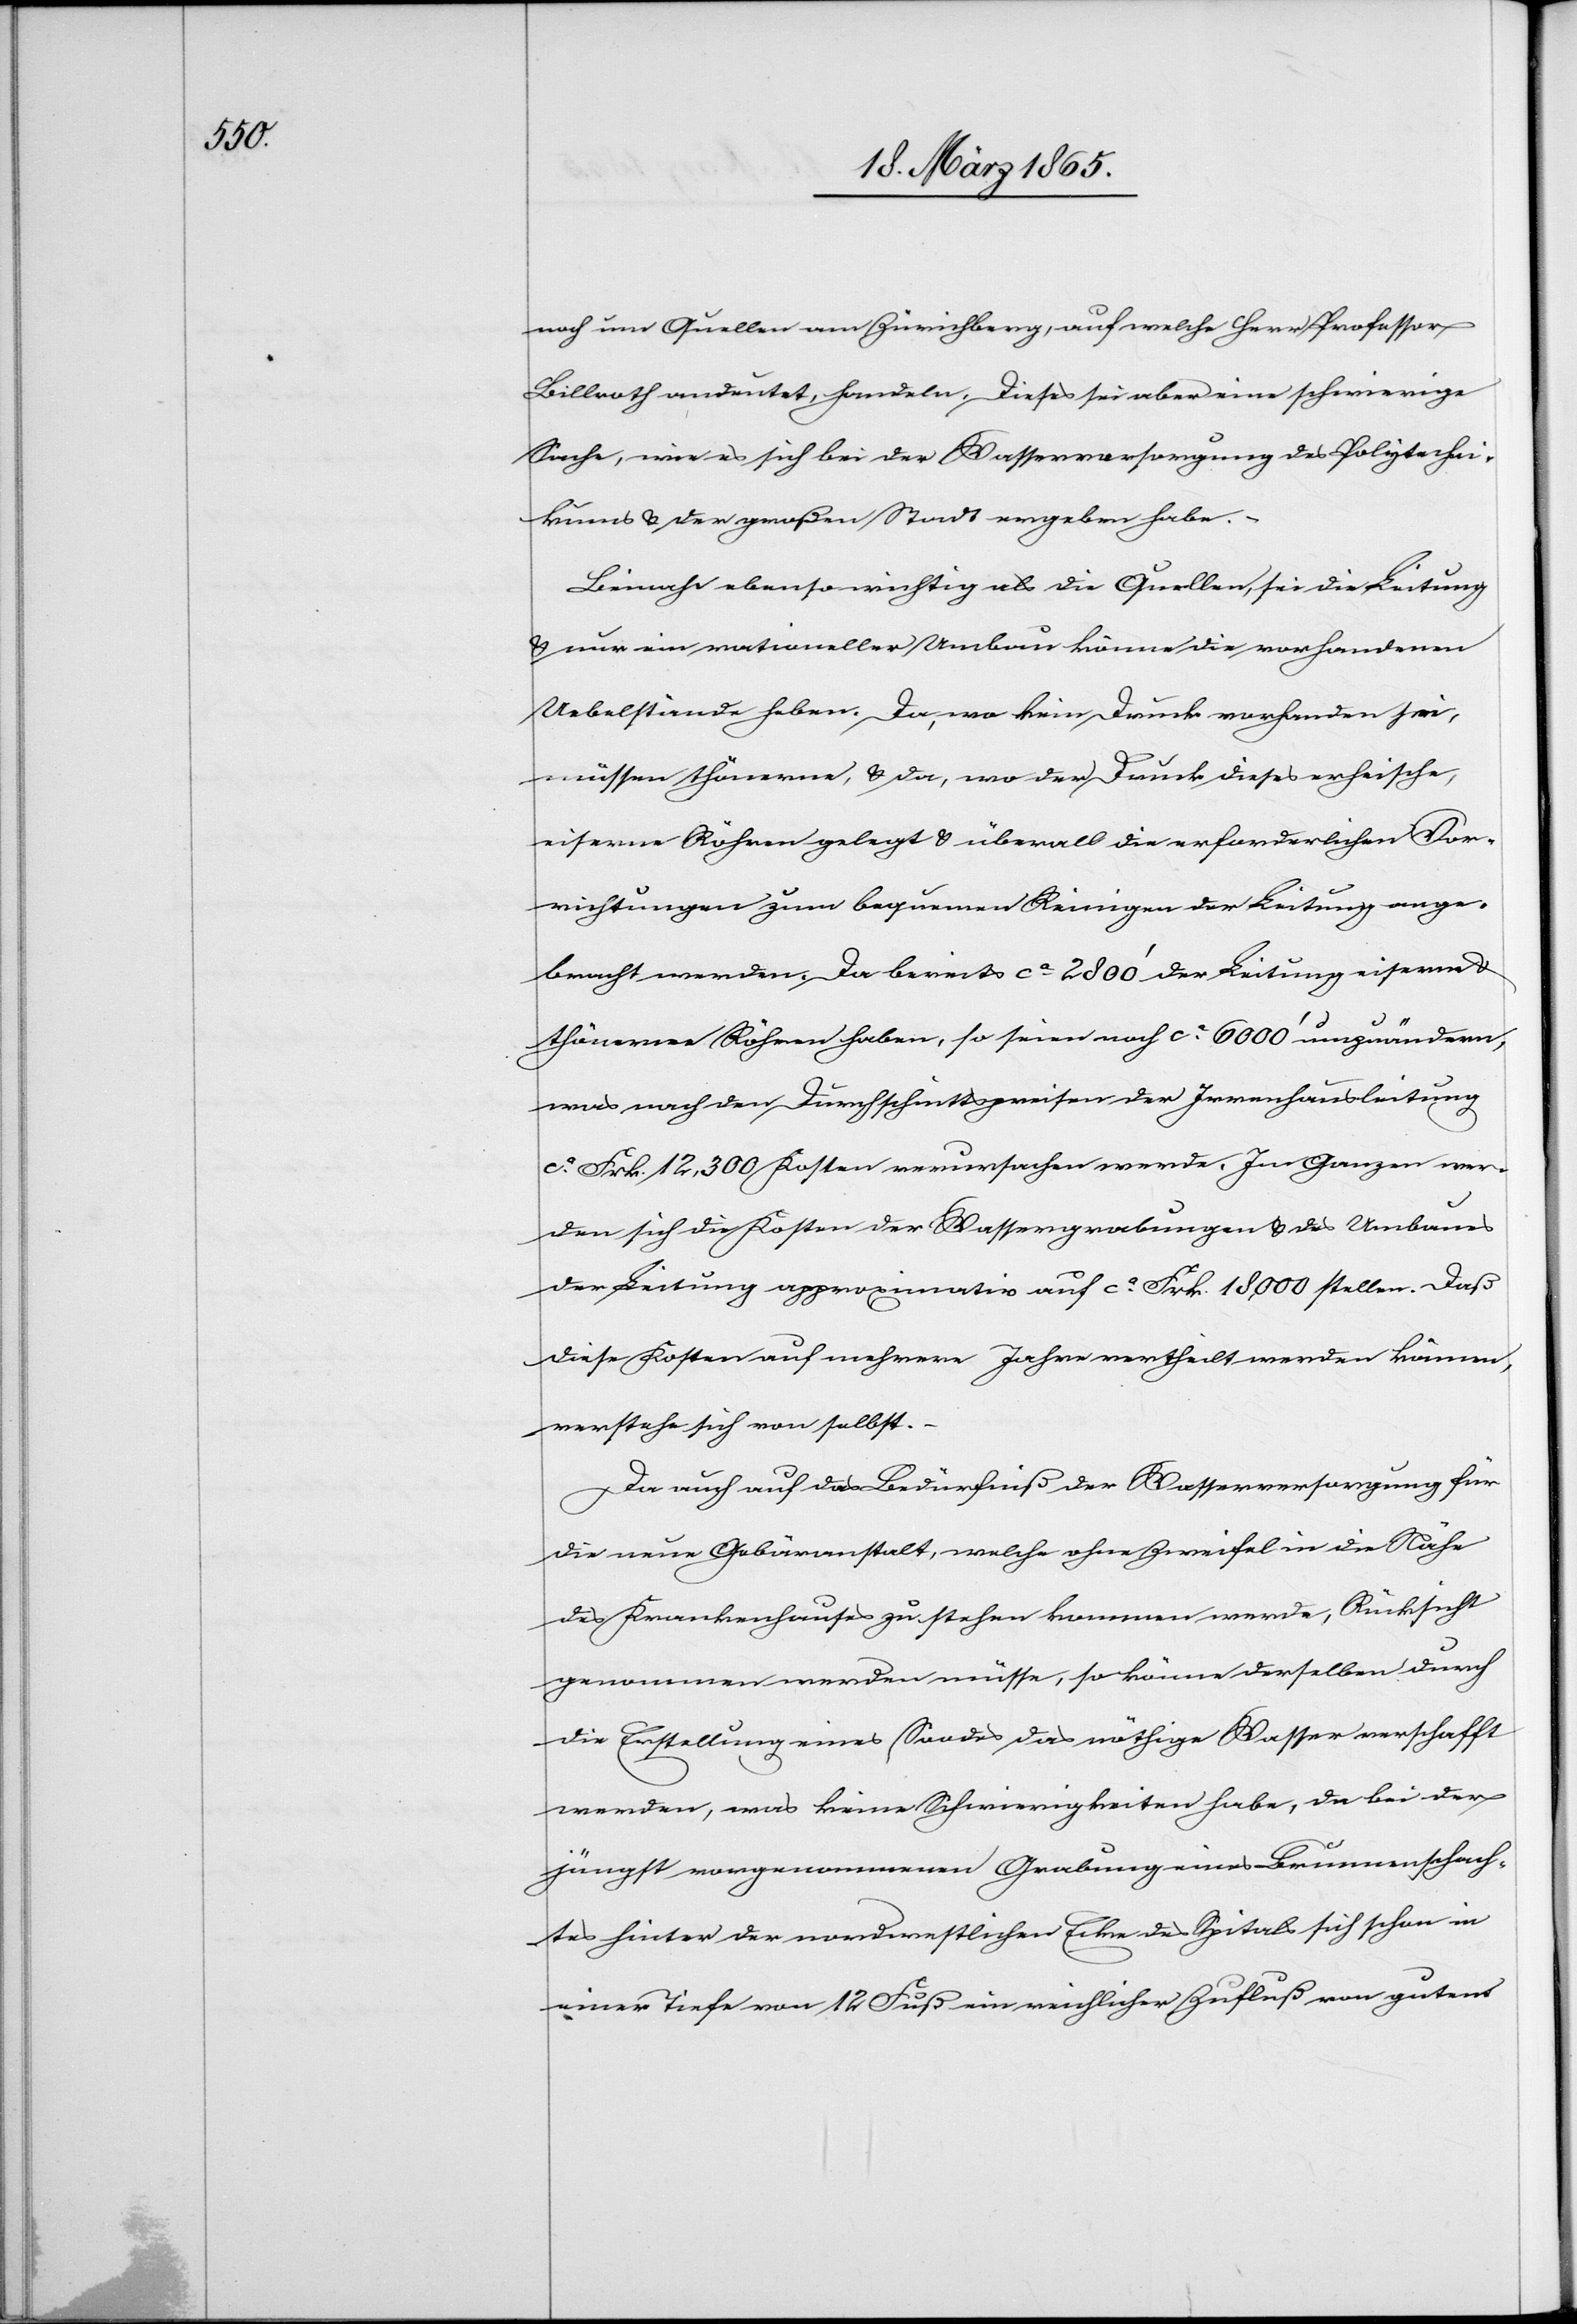
noch um Quellen am Zürichberg, auf welche Herr Professor
Billroth andeutet, handeln. Dieses sei aber eine schwierige
Sache, wie es sich bei der Wasserversorgung des Polytechni¬
kums & der großen Stadt ergeben habe.
Beinahe ebenso wichtig als die Quellen, sei die Leitung
& nur ein rationeller Umbau könne die vorhandenen
Uebelstände haben. Da, wo kein Druck vorhanden sei,
müssen thönerne, & da, wo der Druck dieses erheische,
eiserne Röhren gelegt & überall die erforderlichen Vor¬
richtungen zum bequemen Reinigen der Leitung ange¬
bracht werden. Da bereits ca 2800’ der Leitung eiserne &
thönerne Röhren haben, so seien noch ca 6000’ umzuändern,
was nach den Durchschnittspreisen der Irrenhausleitung
ca Frk. 12,300 Kosten verursachen werde. Im Ganzen wer¬
den sich die Kosten der Wassergrabungen & des Umbaues
der Leitung approximativ auf ca Frk. 18,000 stellen. Daß
diese Kosten auf mehrere Jahre vertheilt werden können,
verstehe sich von selbst.
Da auch auf das Bedürfniß der Wasserversorgung für
die neue Gebäranstalt, welche ohne Zweifel in die Nähe
des Krankenhauses zu stehen kommen werde, Rücksicht
genommen werden müsse, so könne derselben durch
die Erstellung eines Soodes das nöthige Wasser verschafft
werden, was keine Schwierigkeiten habe, da bei der
jüngst vorgenommenen Grabung eines Brunnenschach¬
tes hinter der nordwestlichen Ecke des Spitals sich schon in
einer Tiefe von 12 Fuß ein reichlicher Zufluß von gutem